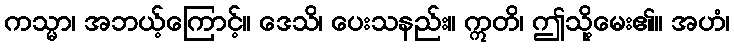
ကသ္မာ၊ အဘယ့်ကြောင့်။ ဒေသိ၊ ပေးသနည်း။ ဣတိ၊ ဤသို့မေး၏။ အဟံ၊